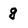
Character: g